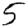
Digit: 5